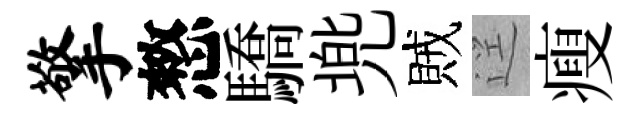
擎憗驕兠賊逕瘦